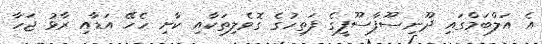
އެ އަލްބަމްގައި ދޫނިސޫފާސޫފީގެ ފަތިހުގެ ގޮވެލިތަކާއި ކާށި ހެހޭ އަޑާއި ރާޅު ޖަހާ